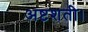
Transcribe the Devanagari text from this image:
अष्टशती।